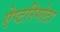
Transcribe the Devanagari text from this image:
ऐप्टरिगोटा